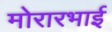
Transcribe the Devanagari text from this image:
मोरारभाई